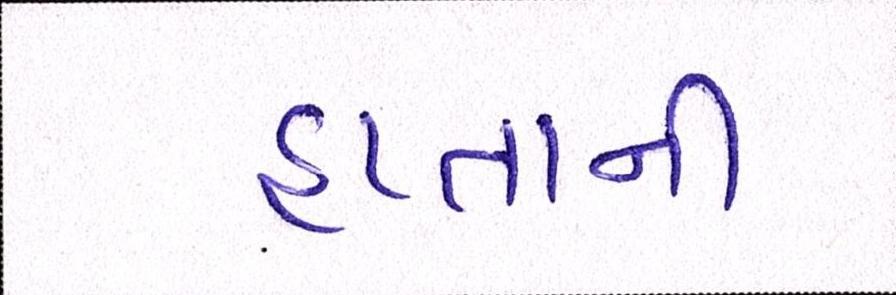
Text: હપ્તાની